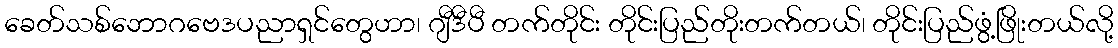
ခေတ်သစ်ဘောဂဗေဒပညာရှင်တွေဟာ၊ ဂျီဒီပီ တက်တိုင်း တိုင်းပြည်တိုးတက်တယ်၊ တိုင်းပြည်ဖွံ့ဖြိုးတယ်လို့